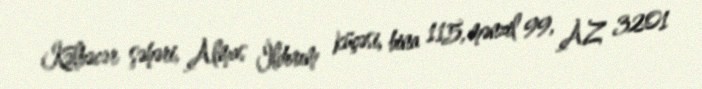
Kəlbəcər şəhəri, Almas İldırım küçəsi, bina 115, mənzil 99, AZ 3201